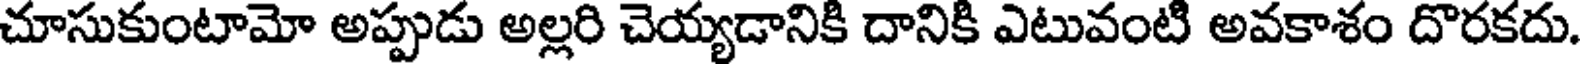
చూసుకుంటామో అప్పుడు అల్లరి చెయ్యడానికి దానికి ఎటువంటి అవకాశం దొరకదు.